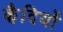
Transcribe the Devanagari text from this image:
कै़दियों